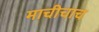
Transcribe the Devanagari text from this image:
माचीचाच